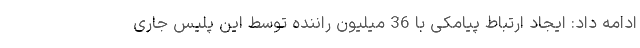
ادامه داد: ایجاد ارتباط پیامکی با 36 میلیون راننده توسط این پلیس جاری